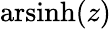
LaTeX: \operatorname{arsinh}(z)